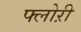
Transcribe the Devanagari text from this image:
फ्लोऱी